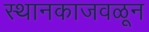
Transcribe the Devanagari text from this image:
स्थानकाजवळून